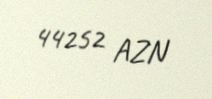
44252 AZN